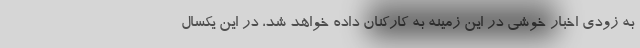
به زودي اخبار خوشي در اين زمينه به كاركنان داده خواهد شد، در اين يكسال